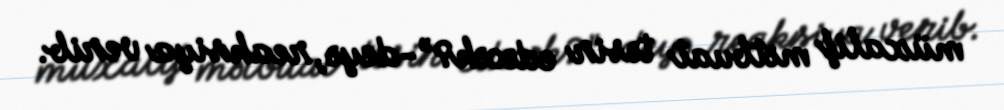
müxalif mətbuat təsir edəcək?”-deyə, reaksiya verib.